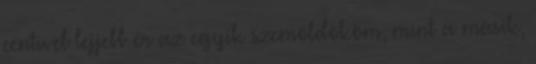
centivel lejjebb ér az egyik szemöldököm, mint a másik,